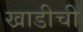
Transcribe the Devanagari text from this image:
खाडीची